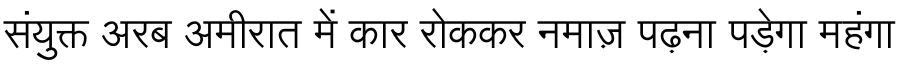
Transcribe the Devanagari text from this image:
संयुक्त अरब अमीरात में कार रोककर नमाज़ पढ़ना पड़ेगा महंगा